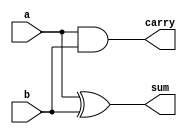
/*
 * Module halfadder
 *
 * Inputs: a, b
 * Outputs: sum, carry
 * Function: sum = LSB of a + b
 * carry = MSB of a + b
 */

`define XOR xor #50
`define AND and #50

module halfadder (input a, b,
                  output sum, carry);

   // The MSB is 1 iff both bits are different
   `XOR (sum, a, b);

   // The LSB is 1 iff both bits are 0
   `AND (carry, a, b);

endmodule